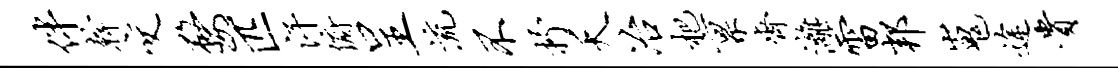
伴干交婺匹汗俯呈流不抒夭冶杷禀齐漓雷邦嵬途贵